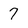
Character: 7